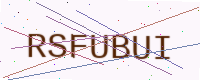
Text: RSFUBUI